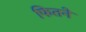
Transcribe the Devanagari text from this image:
फितने